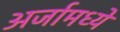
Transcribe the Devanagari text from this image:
अर्जामध्ये